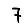
Digit: 7